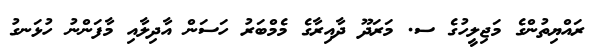
ރައްޔިތުންގެ މަޖިލީހުގެ ސ. މަރަދޫ ދާއިރާގެ މެމްބަރު ހަސަން އާދިލާއި މާފަންނު ހުޅަނގު